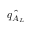
\hat { q _ { A _ { L } } }